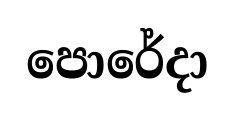
පොරේදා